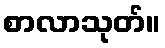
စာလာသုတ်။